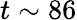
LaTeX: t\sim 86